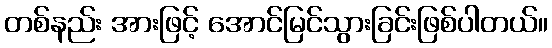
တစ်နည်း အားဖြင့် အောင်မြင်သွားခြင်းဖြစ်ပါတယ်။